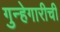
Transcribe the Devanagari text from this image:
गुन्हेगारीची